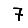
Digit: 7